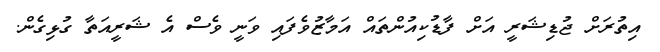
އިތުރަށް ޖުޑިޝަރީ އަށް ފާޑުކިއުންތައް އަމާޒުވެފައި ވަނީ ވެސް އެ ޝަރީއަތާ ގުޅިގެން.